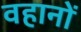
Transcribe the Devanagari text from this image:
वहानों